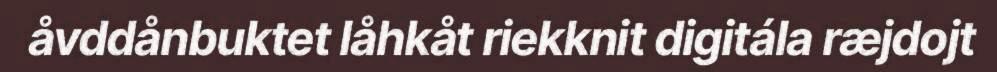
åvddånbuktet låhkåt riekknit digitála ræjdojt